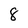
Character: 8